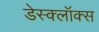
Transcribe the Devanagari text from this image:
डेस्क्लॉक्स